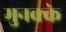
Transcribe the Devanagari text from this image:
मुनक्के